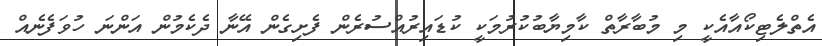
އެތްލެޓިކޯއާއެކީ މި މުބާރާތް ކާމިޔާބުކުރުމަކީ ކުޑައިރުއްސުރެން ފެށިގެން އޭނާ ދެކެމުން އަންނަ ހުވަފެނެއް